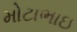
મોટાભાઇ